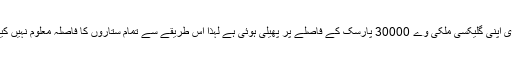
لیکن ہماری اپنی گلیکسی ملکی وے 30000 پارسک کے فاصلے پر پھیلی ہوئی ہے لہذا اس طریقے سے تمام ستاروں کا فاصلہ معلوم نہیں کیا جا سکتا۔